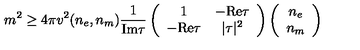
m ^ { 2 } \geq 4 \pi v ^ { 2 } ( n _ { e } , n _ { m } ) \frac { 1 } { \mathrm { I m } \tau } \left( \begin{array} { c c } { 1 } & { - \mathrm { R e } \tau } \\ { - \mathrm { R e } \tau } & { | \tau | ^ { 2 } } \\ \end{array} \right) \left( \begin{array} { c } { n _ { e } } \\ { n _ { m } } \\ \end{array} \right)